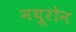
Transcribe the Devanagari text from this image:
नयूरोन